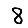
Digit: 8